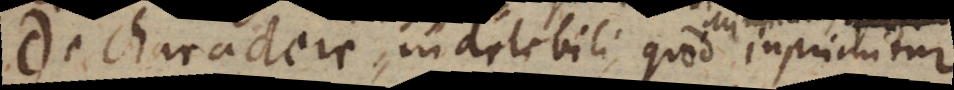
De Charactere indelebili, quod imprimitur